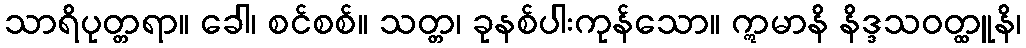
သာရိပုတ္တရာ။ ခေါ၊ စင်စစ်။ သတ္တ၊ ခုနစ်ပါးကုန်သော။ ဣမာနိ နိဒ္ဒသဝတ္ထူနိ၊